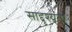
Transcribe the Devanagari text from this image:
साद्दृश्यता